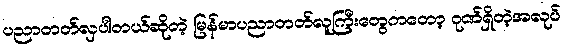
ပညာတတ်လှပါတယ်ဆိုတဲ့ မြန်မာပညာတတ်လူကြီးတွေကတော့ ဂုဏ်ရှိတဲ့အလုပ်